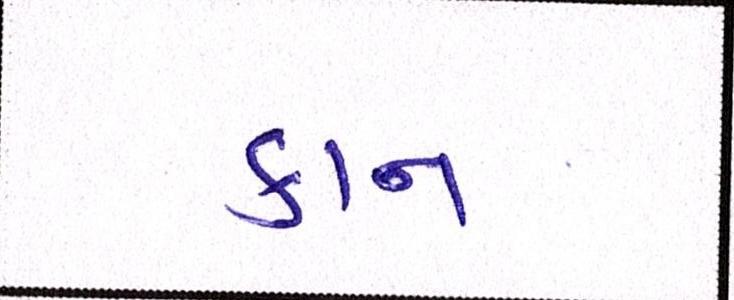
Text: કાન